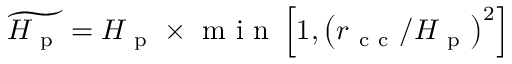
\widetilde { H _ { \mathrm { ~ p ~ } } } = H _ { \mathrm { ~ p ~ } } \times \mathrm { ~ m ~ i ~ n ~ } \left[ 1 , \left( r _ { \mathrm { ~ c ~ c ~ } } / H _ { \mathrm { ~ p ~ } } \right) ^ { 2 } \right]